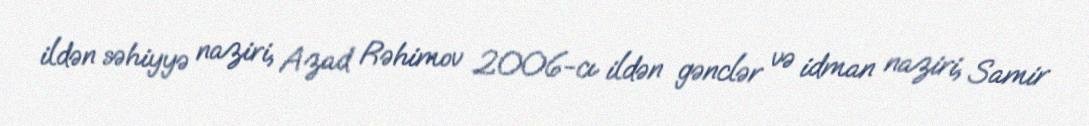
ildən səhiyyə naziri, Azad Rəhimov 2006-cı ildən gənclər və idman naziri, Samir